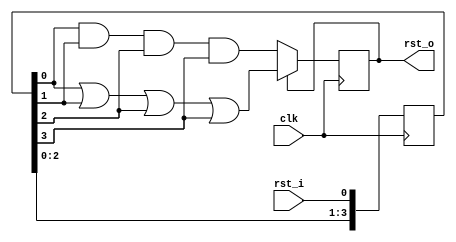
module min_width_reset (
    input clk,      
    input rst_i,    
    output rst_o   
);

parameter MIN_WIDTH = 4;   
parameter RST_POL = 0;    


reg [MIN_WIDTH-1:0] sync_chain_rg = ~RST_POL;
wire [MIN_WIDTH-1:0] temp_level0;
wire [MIN_WIDTH-1:0] temp_level1;
wire muxed_sync_rst;
reg muxed_sync_rst_rg = RST_POL;


always @(posedge clk) begin
    sync_chain_rg <= {sync_chain_rg[MIN_WIDTH-2:0], rst_i};
    muxed_sync_rst_rg <= muxed_sync_rst;
end


assign temp_level0[0] = sync_chain_rg[0];
assign temp_level1[0] = sync_chain_rg[0];

genvar i;
generate
    for (i = 1; i < MIN_WIDTH; i = i+1) begin
        assign temp_level1[i] = temp_level1[i-1] & sync_chain_rg[i];
        assign temp_level0[i] = temp_level0[i-1] | sync_chain_rg[i];
    end
endgenerate


assign muxed_sync_rst = muxed_sync_rst_rg ? temp_level0[MIN_WIDTH-1] : temp_level1[MIN_WIDTH-1];


assign rst_o = muxed_sync_rst_rg;

endmodule